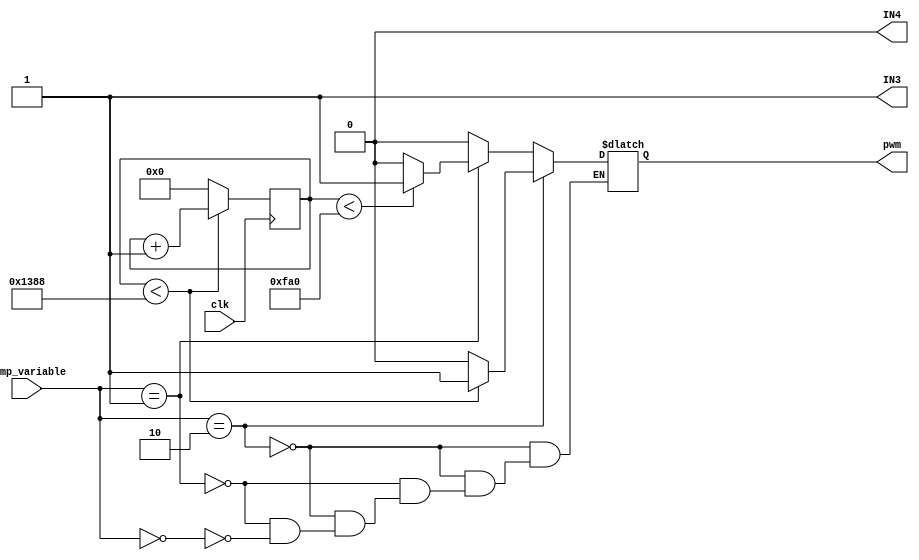

module motor_driver(
    input clk, 
    input  [1:0]temp_variable,  //temperature variable passed from wrapper module
    output IN4, IN3,
    output reg pwm
    );
    
//counter to reduce the clock cycle
reg [15:0] counter;


always@(posedge clk) begin
    if(counter < 5000) counter <= counter + 1;   //clock signal reduced to 20KHz from 100Mhz
    else counter <= 0;
end

// deciding the motor rotation clockwise
assign IN3 = 1'b1;
assign IN4 = 1'b0;

always @(*) begin
    if(temp_variable == 2'b10)   pwm = (counter<5000) ? 1 : 0; //maximum duty cycle
    else if(temp_variable == 2'b01)   pwm = (counter<4000) ? 1 : 0; //reduced duty cycle
    else if(temp_variable == 2'b00)  pwm = 0;
end

endmodule